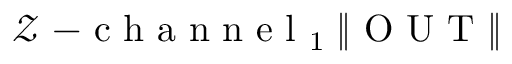
\mathcal { Z } \mathrm { ~ - ~ c ~ h ~ a ~ n ~ n ~ e ~ l ~ } _ { 1 } \; \| \mathrm { ~ O ~ U ~ T ~ } \|